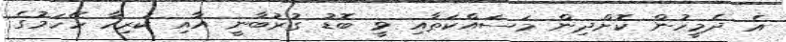
އެ ދެމީހުން ކޮށްދިން މަސައްކަތާއި ވީ ބޮޑު ގުރުބާނީ އާއި ކުރިހާ ހޭހަމުގެ